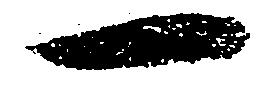
一